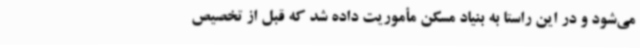
می‌شود و در این راستا به بنیاد مسکن مأموریت داده شد که قبل از تخصیص